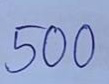
500